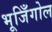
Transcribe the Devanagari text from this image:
भूजिँगोल